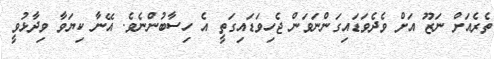
ތެރެއަށް ނަޒޫ އަށް ވެދެވަޑައިގަންނަވަން ޖެހިވަޑައިގަތީ އެ ހިސާބުންނެވެ. އޭނާ ކިޔަވާ ވިދާޅުވީ